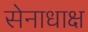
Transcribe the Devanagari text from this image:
सेनाधाक्ष